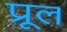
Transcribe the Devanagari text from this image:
प्रूल